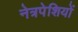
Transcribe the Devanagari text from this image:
नेत्रपेशियों